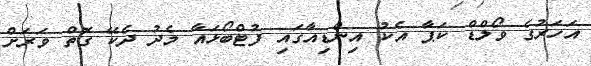
އަހަރުގެ ވޯލްޑް ކަޕާ އެކު އިންޑިއާގައި ފުޓްބޯޅައާ މެދު ދެކޭ ގޮތް ވަރަށް